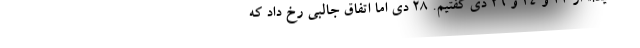
نداشتید!» از 22 و 24 و 26 دی گفتیم. 28 دی اما اتفاق جالبی رخ داد که